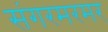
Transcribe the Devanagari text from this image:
संगरमरमर